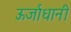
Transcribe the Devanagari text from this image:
ऊर्जाधानी